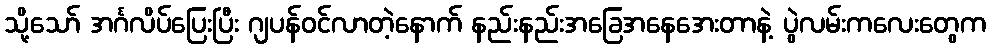
သို့သော် အင်္ဂလိပ်ပြေးပြီး ဂျပန်ဝင်လာတဲ့နောက် နည်းနည်းအခြေအနေအေးတာနဲ့ ပွဲလမ်းကလေးတွေက